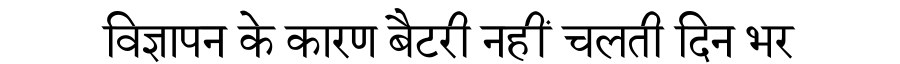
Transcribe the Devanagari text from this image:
विज्ञापन के कारण बैटरी नहीं चलती दिन भर